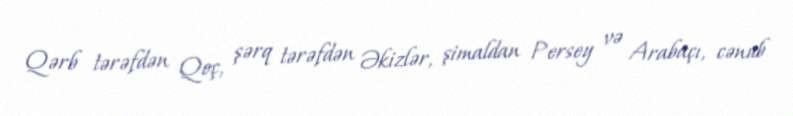
Qərb tərəfdən Qoç, şərq tərəfdən Əkizlər, şimaldan Persey və Arabaçı, cənub